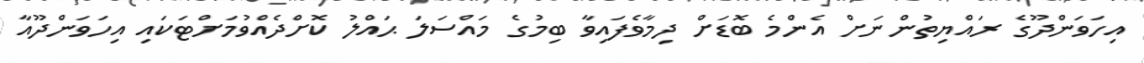
އިހަވަންދޫގެ ރައްޔިތުންނަށް އެންމެ ބޮޑަށް ދިމާވެފައިވާ ބިމުގެ މައްސަލަ ޙައްލު ކޮށްދެއްވުމަށްޓަކައި އިހަވަންދޫއާ